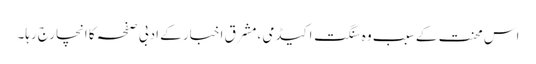
اس محنت کے سبب وہ سنگت اکیڈمی ،مشرق اخبار کے ادبی صفحہ کا انچارج رہا۔